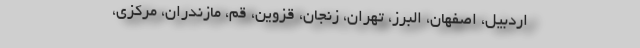
اردبیل، اصفهان، البرز، تهران، زنجان، قزوین، قم، مازندران، مرکزی،